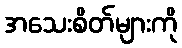
အသေးစိတ်များကို